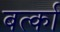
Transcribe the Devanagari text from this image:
बर्त्का